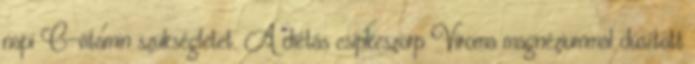
napi C-vitamin szükségletet. A diétás csipkeszörp Viroma magnéziummal dúsított